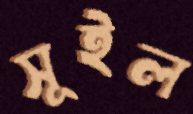
সূইল